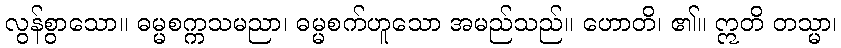
လွန်စွာသော။ ဓမ္မစက္ကသမညာ၊ ဓမ္မစက်ဟူသော အမည်သည်။ ဟောတိ၊ ၏။ ဣတိ တသ္မာ၊